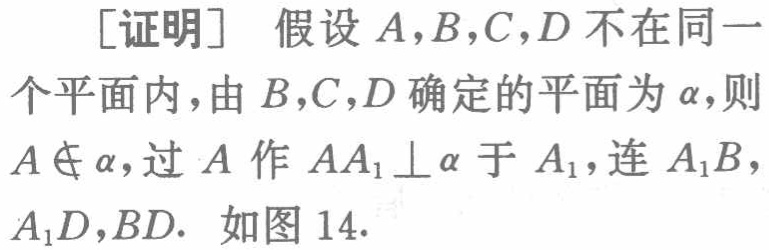
[证明] 假设 \(A,B,C,D\) 不在同一个平面内，由 \(B,C,D\) 确定的平面为 \(\alpha\)，则 \(A\notin\alpha\)，过 \(A\) 作 \(AA_1\perp\alpha\) 于 \(A_1\)，连 \(A_1B\)，\(A_1D\)，\(BD\). 如图 14.